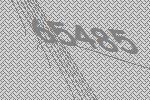
65485